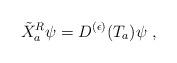
LaTeX: \begin{align*}{\tilde{X}^R}_a\psi=D^{(\epsilon)}(T_a)\psi\,\, ,\end{align*}